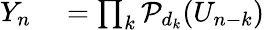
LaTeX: \begin{array}{rl}{Y_{n}}&{{}=\prod_{k}\mathcal{P}_{d_{k}}(U_{n-k})}\end{array}